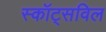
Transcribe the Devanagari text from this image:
स्कॉट्सविल